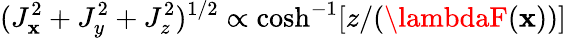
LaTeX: (J_{\mathbf{x}}^{2}+J_{y}^{2}+J_{z}^{2})^{1/2}\propto\cosh^{-1}[z/(\lambdaF(\mathbf{x}))]